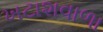
ખટાશવાળા